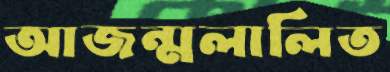
আজন্মলালিত